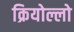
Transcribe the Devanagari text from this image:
क्रियोल्लो